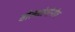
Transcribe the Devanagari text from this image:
वोल्कोगोनोव